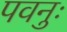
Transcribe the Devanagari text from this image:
पवनुः